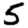
Digit: 5